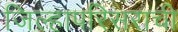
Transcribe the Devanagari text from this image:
जिल्हापरिसराची